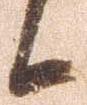
候